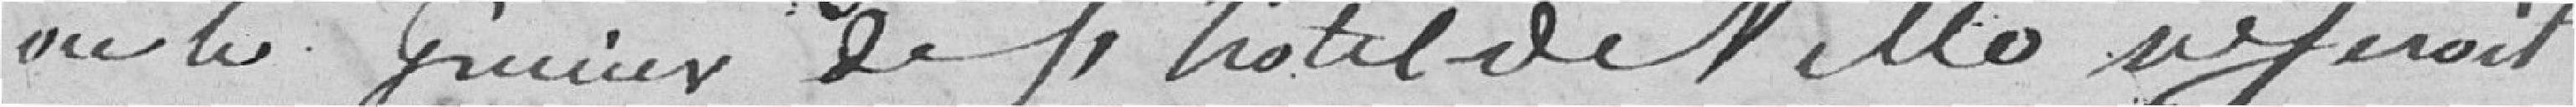
avec les greniers de l'Hotel de Ville ne serait